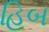
હિબ